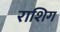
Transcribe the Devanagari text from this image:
राशिग